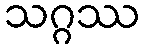
သဂ္ဂဿ